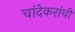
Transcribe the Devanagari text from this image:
चांदेकरांची